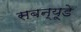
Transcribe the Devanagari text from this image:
सबन्यूडे